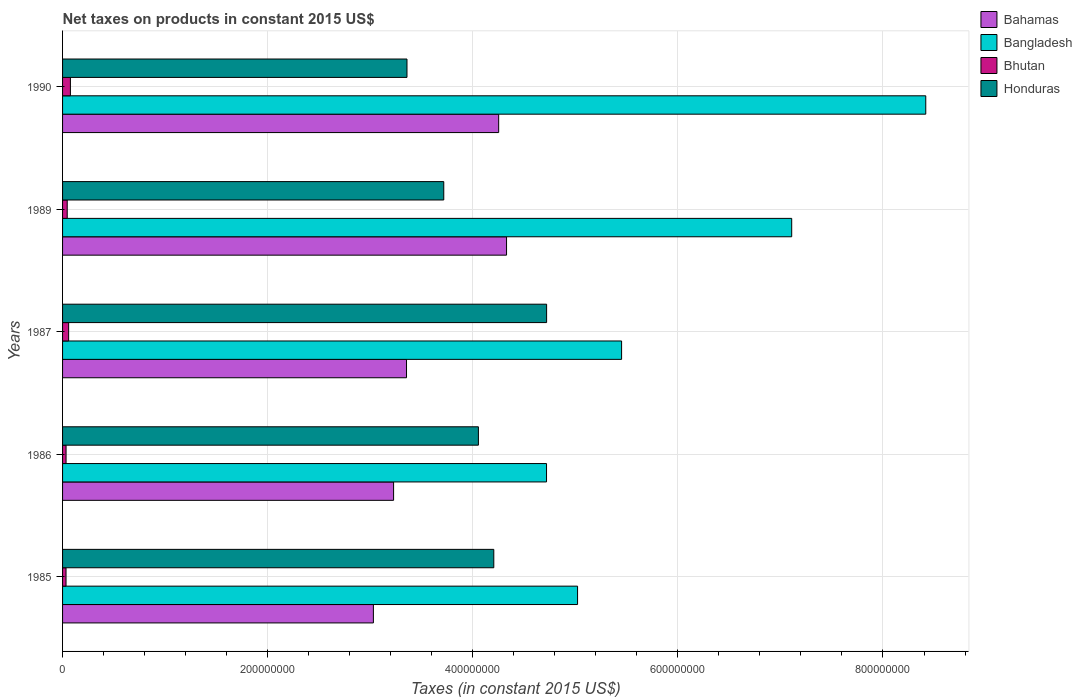
| Years | Bahamas | Bangladesh | Bhutan | Honduras |
 | --- | --- | --- | --- | --- |
 | 1985 | 3.03e+08 | 5.02e+08 | 3.38e+06 | 4.2e+08 |
 | 1986 | 3.23e+08 | 4.72e+08 | 3.41e+06 | 4.06e+08 |
 | 1987 | 3.35e+08 | 5.45e+08 | 5.92e+06 | 4.72e+08 |
 | 1989 | 4.33e+08 | 7.11e+08 | 4.54e+06 | 3.72e+08 |
 | 1990 | 4.25e+08 | 8.42e+08 | 7.65e+06 | 3.36e+08 |